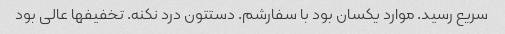
سریع رسید. موارد یکسان بود با سفارشم. دستتون درد نکنه. تخفیفها عالی بود